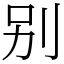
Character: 别